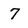
Character: 7